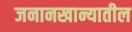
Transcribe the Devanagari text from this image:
जनानखान्यातील